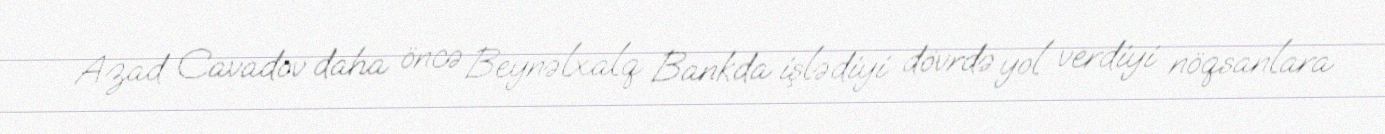
Azad Cavadov daha öncə Beynəlxalq Bankda işlədiyi dövrdə yol verdiyi nöqsanlara